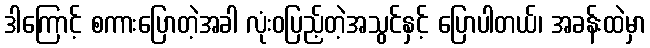
ဒါကြောင့် စကားပြောတဲ့အခါ လုံးဝပြည့်တဲ့အသွင်နှင့် ပြောပါတယ်၊ အခန်းထဲမှာ